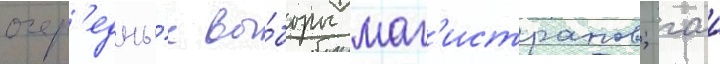
очер'едны́е вы́боры маг'истратов; гаи